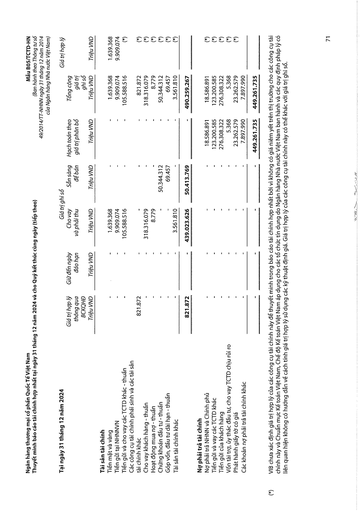
|Tại ngày 31 tháng 12 năm 2024|||Giá trị|ghi sổ|||Giá trị hợp lý| |---|---|---|---|---|---|---|---| ||Giá trị hợp lý thông qua BCKQHĐ Triệu VND|Giữ đến ngày đáo hạn Triệu VND|Cho vay và phải thu Triệu VND|Sẵn sàng để bán Triệu VND|Hạch toán theo giá trị phân bổ Triệu VND|Tổng cộng giá trị ghi sổ Triệu VND|Triệu VND| |Tài sản tài chính|||||||| |Tiền mặt và vàng|-|-|1.639.368|-|-|1.639.368|1.639.368| |Tiền gửi tại NHNNVN|-|-|9.909.074|-|-|9.909.074|9.909.074| |Tiền gửi và cho vay các TCTD khác - thuần|-|-|105.588.516|-|-|105.588.516|(*)| |Các công cụ tài chính phái sinh và các tài sản|||||||| |tài chính khác|821.872|-|-|-|-|821.872|(*)| |Cho vay khách hàng - thuần|-|-|318.316.079|-|-|318.316.079|(*)| |Hoạt động mua nợ - thuần|-|-|8.779|-|-|8.779|(*)| |Chứng khoán đầu tư - thuần|-|-|-|50.344.312|-|50.344.312|(*)| |Góp vốn, đầu tư dài hạn - thuần|-|-|-|69.457|-|69.457|(*)| |Tài sản tài chính khác|-|-|3.561.810|-|-|3.561.810|(*)| ||821.872|-|439.023.626|50.413.769|-|490.259.267|| |Nợ phải trả tài chính|||||||| |Nợ phải trả NHNN và Chính phủ|-|NN|-|-|18.586.891|18.586.891|(*)| |Tiền gửi và vay các TCTD khác|-|-|-|-|123.200.585|123.200.585|(*)| |Tiền gửi của khách hàng|-|-|-|-|276.308.322|276.308.322|(*)| |Vốn tài trợ, ủy thác đầu tư, cho vay TCTD chịu rủi ro|-|-|-|-|5.368|5.368|(*)| |Phát hành giấy tờ có giá|-|-|-|-|23.262.579|23.262.579|(*)| |Các khoản nợ phải trả tài chính khác|-|-|-|-|7.897.990|7.897.990|| ||-|-|-|-|449.261.735|449.261.735||